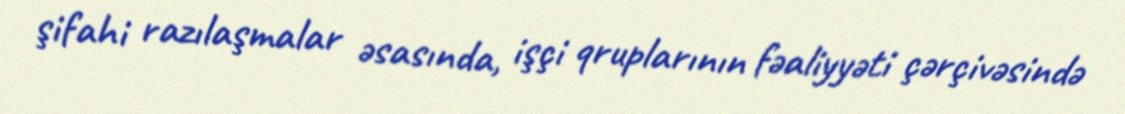
şifahi razılaşmalar əsasında, işçi qruplarının fəaliyyəti çərçivəsində